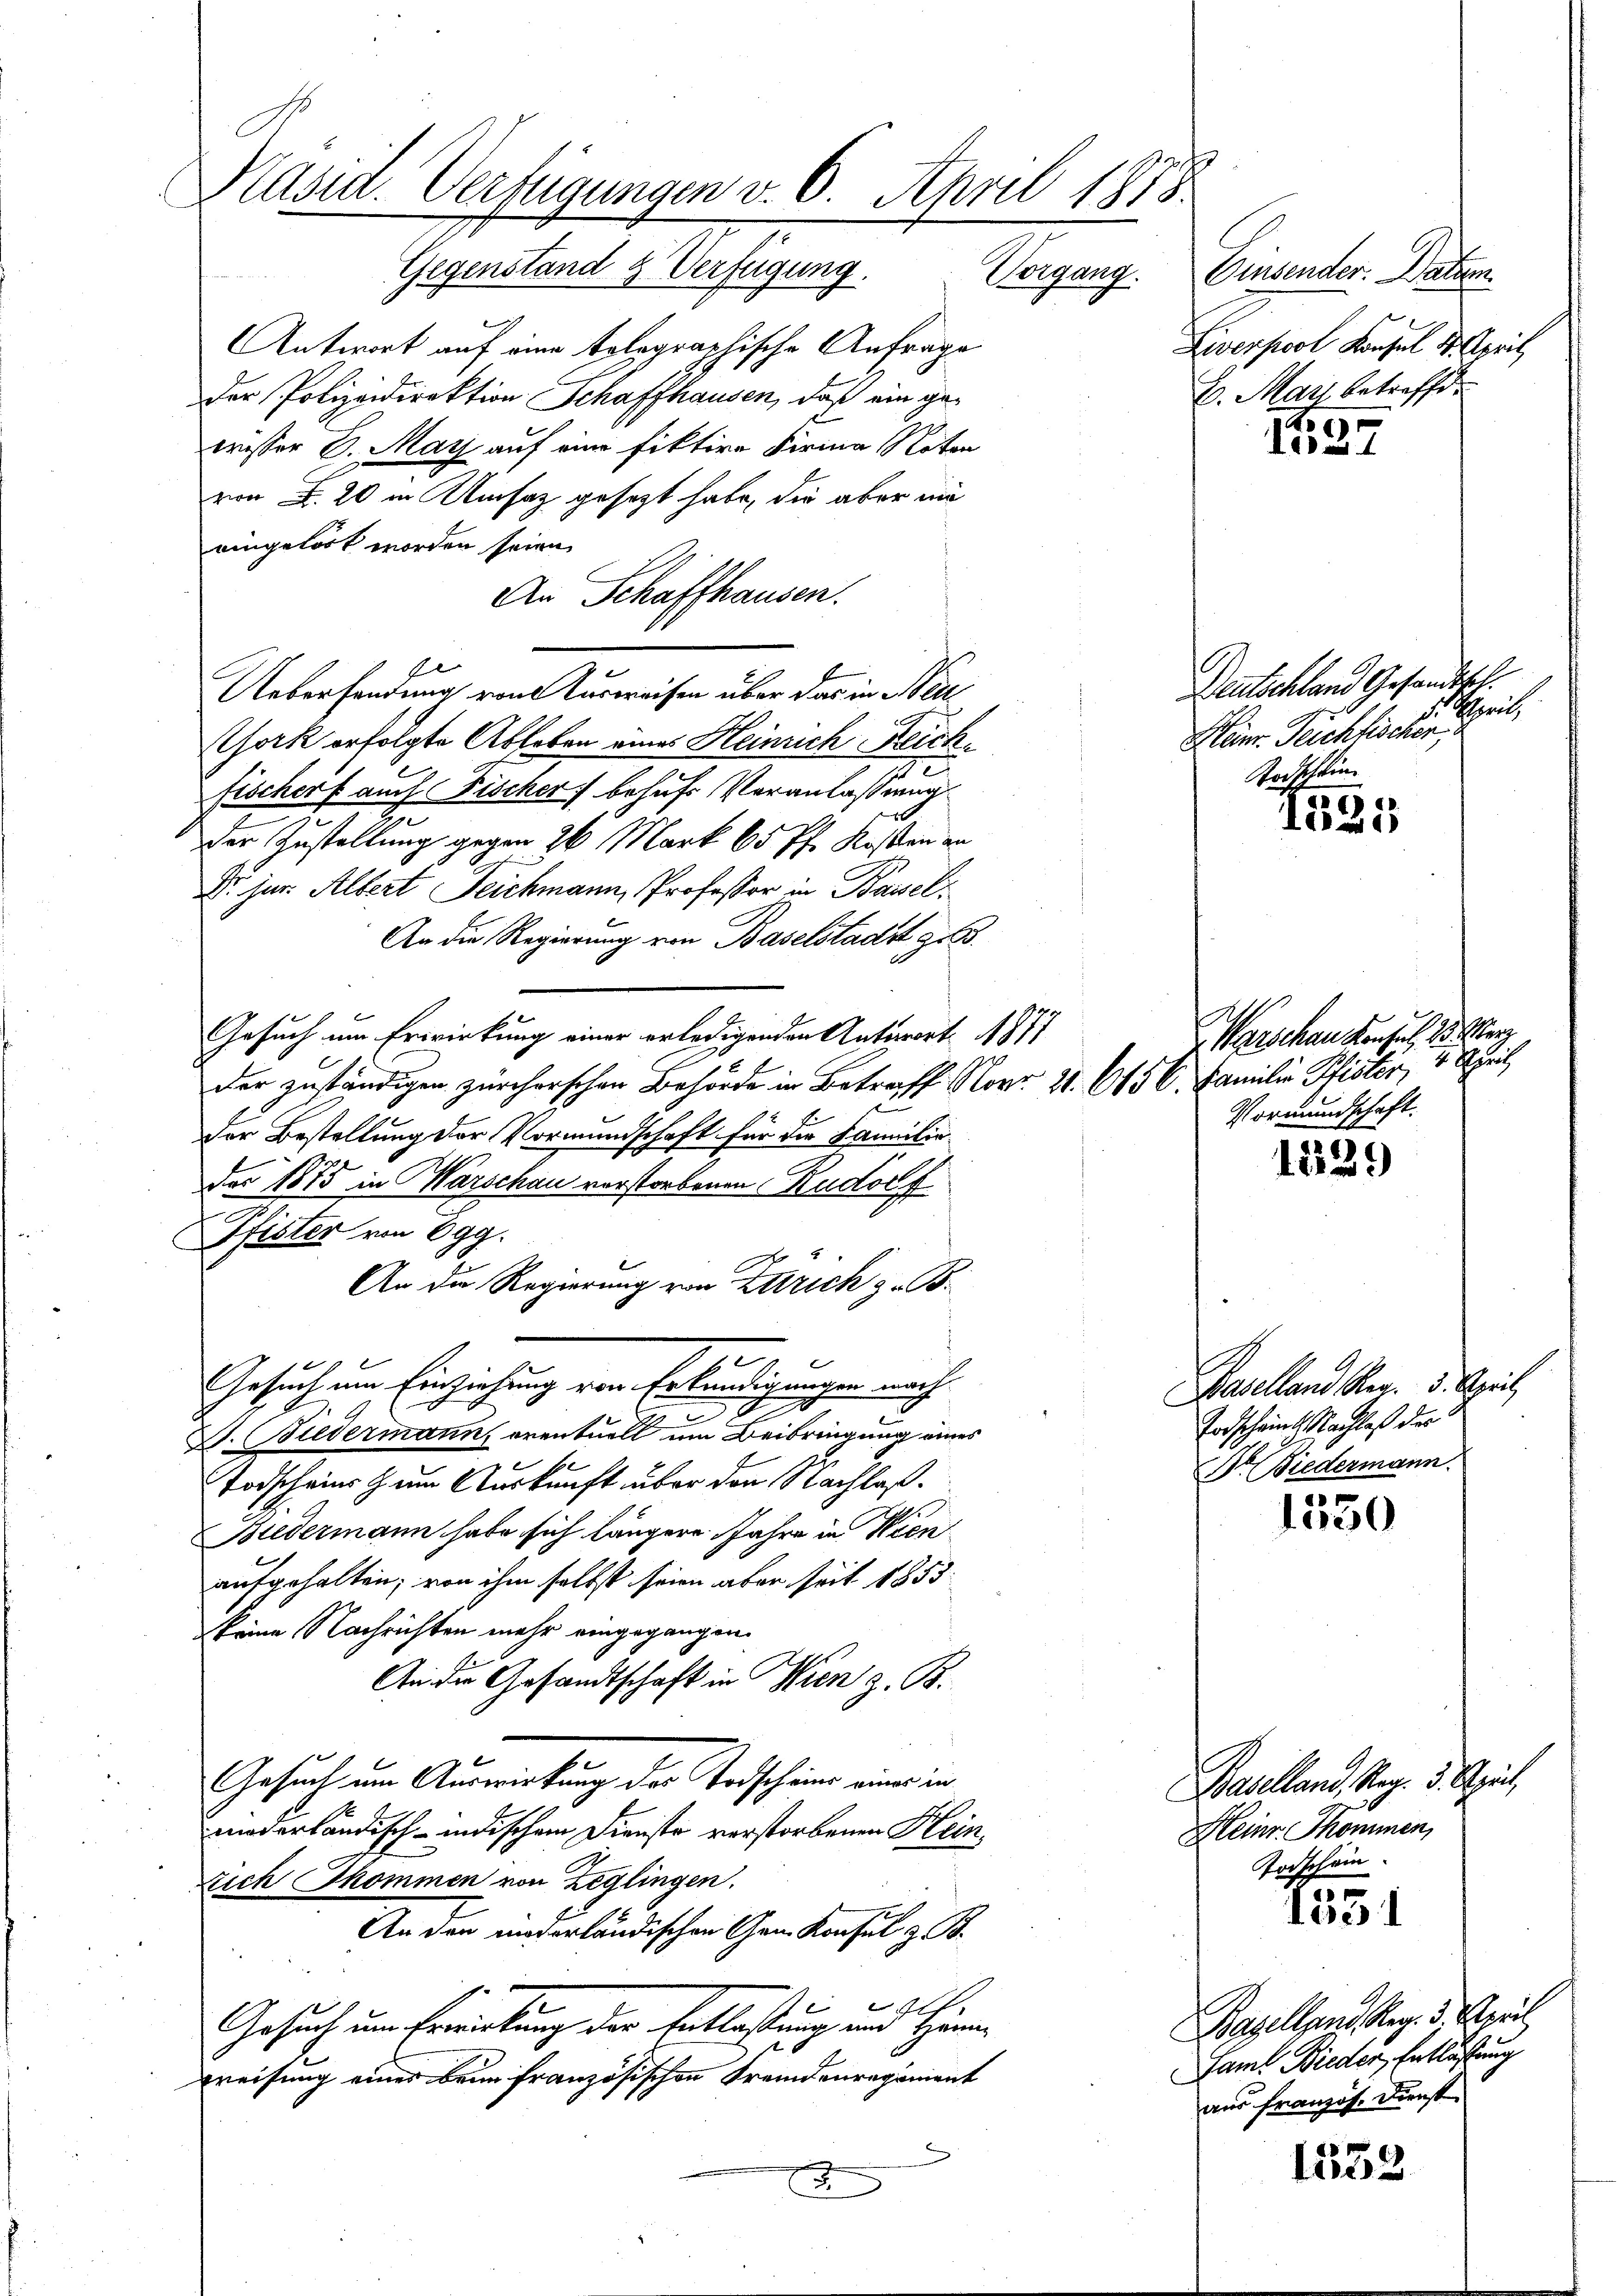
Kasia. Verfügungen v. 6. April 1875.

Gegenstand & Verfügung. Vorgang. Einsender. Datum
Antwort auf eine tolographische Anfrage
der Polizeidirektion Schaffhausen, daß ein gewesser B. May auf eine fiktire Firma Noten
von d. 20 in Umsatz gesetzt habe, die aber mi
eingehört worden seien.
An Schaffhausen.
1
Uebersendung von Ausweisen über das in Beit
Chork erfolgte Ableben eines Heinrich Reichfischer f auch Fischer behufs Veranlassung
Der Zustellung gegen 26 Mark 65 ff. Kosten an
Dr. jur. Albert Teichmann, Professor in Basel
An die Regierung von Baselstadt geb.
Gesuch um Erwirkung einer erledigenden Antwort. 1877
der zuständigen zürcherschen Behörde in Betreff No 21. 615 C. Familie Pfister, 4 April,
e
Der Bestellung der Vormundschaft für die Familie
des 1875 in Marschau vorstorbenen Rudorf
Pfister von Egg.
An die Regierung von Zürich z. B.
n
Gesuch um Einziehung von Erkundigungen nach
a
V. Biedermann, eventuell um Beibringung eines
Todscheins zum Auskunft über den Nachlaß¬
Budermann habe sich längere Jahre in Wien
aufgehalten; von ihm selbst seien aber seit 1853
keine Nachrichten mehr eingegangen.
An die Gesandtschaft in Wien z. B.
Gesuch um Auswirkung der Vorscheine einer in
niederländisch-indischem Dienste verstorbenen Hein¬
Eich Thommen von Zeglingen.
An den inderländischen Gem. Konsul z. B.
f
Gesuch um Frienkung der Entlaßung und Herrn
weisung eines beim französischen Fremdenregiment
2

Liversical Kapel d. April
b. May betreffe.

1327

Deutschland Gesandtsel.
Theil
Heinr. Teichtischen
Todschein.

1221)

Marschen Konsul 23. Merz
Vormundschaft.

e
12.)

Baselland Rer. 3. April
Todscheint. Nachlaß der
Dr. Biedermann.

1550

Baselland, Reg. 3. April,
Heinr. Skommen,
Todschein

1531

Bazelland Reg. 3. April,
Famt Bieder Entlassung
aus Französ. Dienst

1532